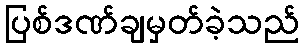
ပြစ်ဒဏ်ချမှတ်ခဲ့သည်